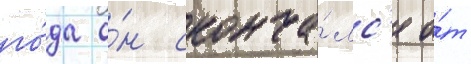
го́да о́н сконча́лс'я о́т